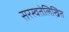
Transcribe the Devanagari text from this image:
सरस्वतेलिखित